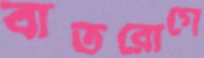
বাতরোগে